Madras plague regulations and rules - Volume 2
Disease focus: Plague
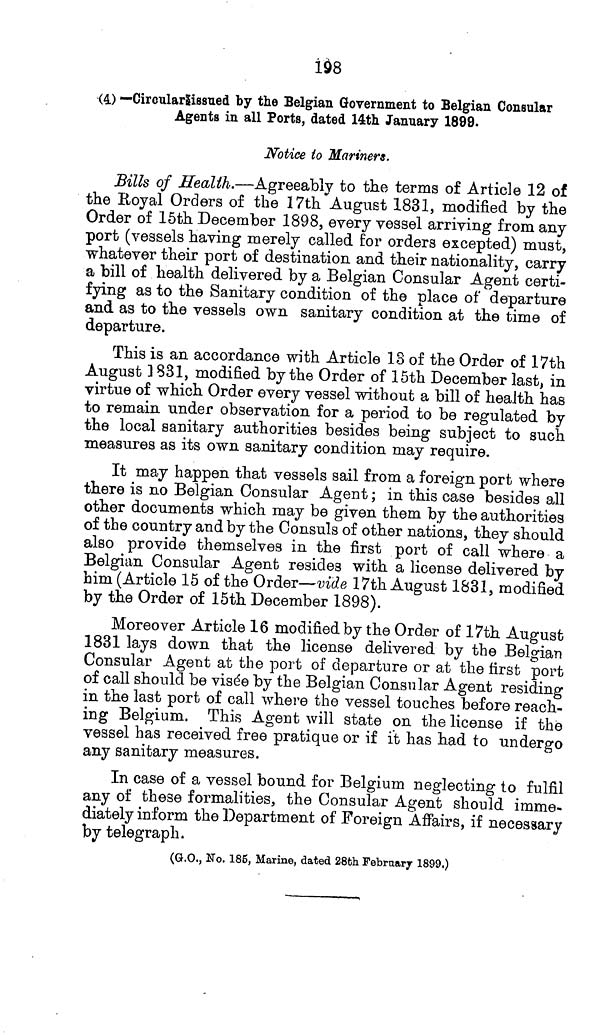
198
(4) —Circular issued by the Belgian Government to Belgian Consular
Agents in all Ports, dated 14th January 1899.
Notice to Mariners.
Sills of Health.—Agreeably to the terms of Article 12 of
the Royal Orders of the 17th August 1831, modified by the
Order of 15th December 1898, every vessel arriving from any
port (vessels having merely called for orders excepted) must,
whatever their port of destination and their nationality, carry
a bill of health delivered by a Belgian Consular Agent certi-
fying as to the Sanitary condition of the place of departure
and as to the vessels own sanitary condition at the time of
departure.
This is an accordance with Article 18 of the Order of 17th
August 1831, modified by the Order of 15th December last, in
virtue of which Order every vessel without a bill of health has
to remain under observation for a period to be regulated by
the local sanitary authorities besides being subject to such
measures as its own sanitary condition may require.
It may happen that vessels sail from a foreign port where
there is no Belgian Consular Agent; in this case besides all
other documents which may be given them by the authorities
of the country and by the Consuls of other nations, they should
also provide themselves in the first port of call where a
Belgian Consular Agent resides with a license delivered by
him (Article 15 of the Order—vide 17th August 1831, modified
by the Order of 15th December 1898).
Moreover Article 16 modified by the Order of 17th August
1831 lays down that the license delivered by the Belgian
Consular Agent at the port of departure or at the first port
of call should be visée by the Belgian Consular Agent residing
in the last port of call where the vessel touches before reach-
ing Belgium. This Agent will state on the license if the
vessel has received free pratique or if it has had to undergo
any sanitary measures.
In case of a vessel bound for Belgium neglecting to fulfil
any of these formalities, the Consular Agent should imme-
diately inform the Department of Foreign Affairs, if necessary
by telegraph.
(G.O., No. 185, Marine, dated 28th February 1899.)